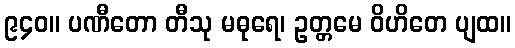
၉၄၀။ ပဏီတော တီသု မဓုရေ၊ ဥတ္တမေ ဝိဟိတေ ပျထ။